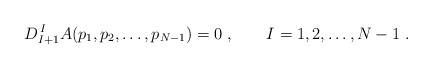
\begin{align*} D^{\, I}_{I+1}A(p_1,p_2,\ldots,p_{N-1})=0\;, \qquad I=1,2,\ldots, N-1\;.\end{align*}